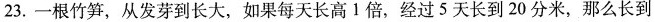
23.一根竹笋，从发芽到长大，如果每天长高1倍，经过5天长到20分米，那么长到